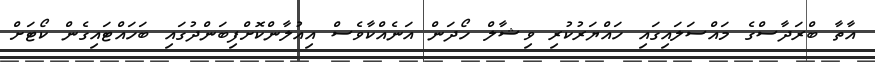
އާތާ ބްރަދާސްގެ މައްސަލައިގައި ހައްޔަރުކުރި ވިޝާލް ހޯދަން އަނެއްކާވެސް އިއުލާންކޮށްފިބަންދުގައި ބަހައްޓައިގެން ކޯޓަށް